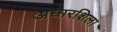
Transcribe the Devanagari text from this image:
अधारशिला